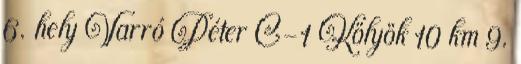
6. hely Varró Péter C-1 Kölyök 10 km 9.